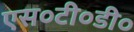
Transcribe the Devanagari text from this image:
एस०टी०डी०